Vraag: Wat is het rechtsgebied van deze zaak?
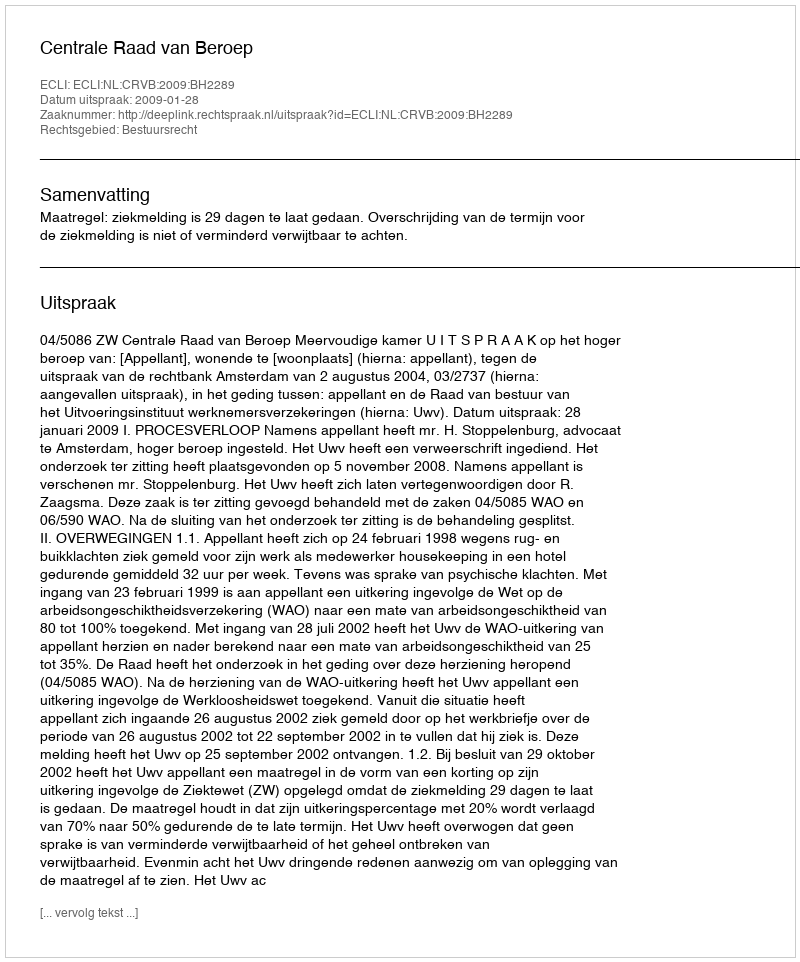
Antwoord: Bestuursrecht